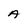
Character: A